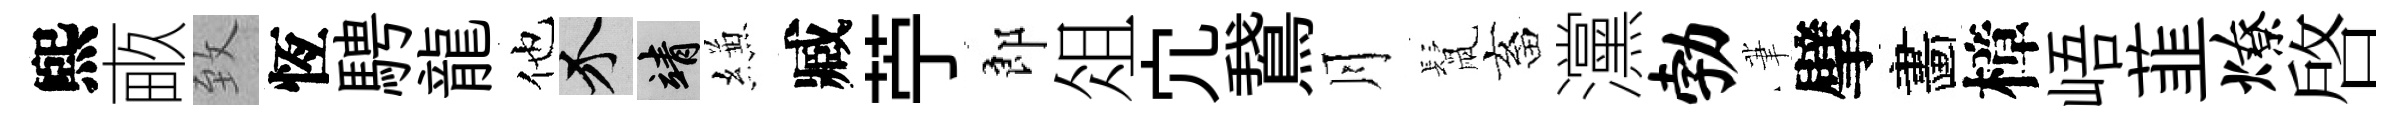
煕畞致恆騁龍他介靖縑臧苧郎俎宂鵞月鬛畜灙勃茟擘畵樟峿韮燎啟